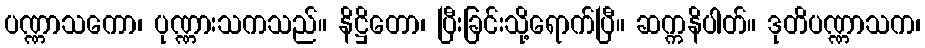
ပဏ္ဏာသကော၊ ပုဏ္ဏားသကသည်။ နိဋ္ဌိတော၊ ပြီးခြင်းသို့ရောက်ပြီ။ ဆက္ကနိပါတ်။ ဒုတိပဏ္ဏာသက၊